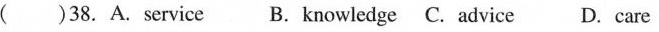
( )38. A.service B. knowledge C. advice D. care